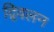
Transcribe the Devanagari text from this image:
द्विवलन